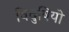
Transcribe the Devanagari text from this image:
विदुषियो